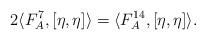
LaTeX: \begin{align*}2\langle F^{7}_{A},[\eta,\eta]\rangle=\langle F^{14}_{A},[\eta,\eta]\rangle.\end{align*}